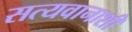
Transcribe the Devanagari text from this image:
सत्यवानाशी